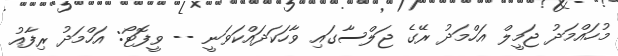
މުހައްމަދު ޖަމީލް އަހްމަދު ރޭގެ ޖަލްސާގައި ވާހަކަދައްކަވަނީ -- ވީފޮޓޯ: އަހްމަދު ރިފާއު